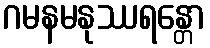
ဂမနမနုဿရန္တော